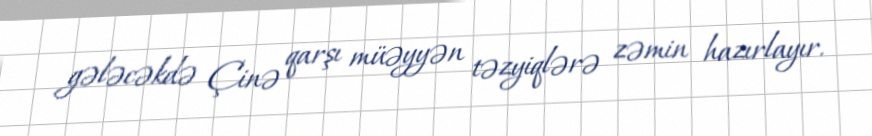
gələcəkdə Çinə qarşı müəyyən təzyiqlərə zəmin hazırlayır.